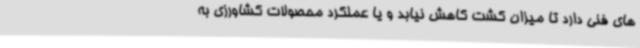
های فنی دارد تا میزان کشت کاهش نیابد و یا عملکرد محصولات کشاورزی به